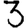
Digit: 3